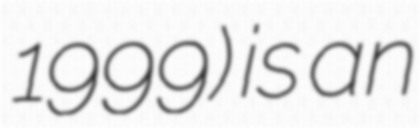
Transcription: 1999) is an